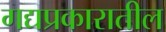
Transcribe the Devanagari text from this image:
गद्यप्रकारातील